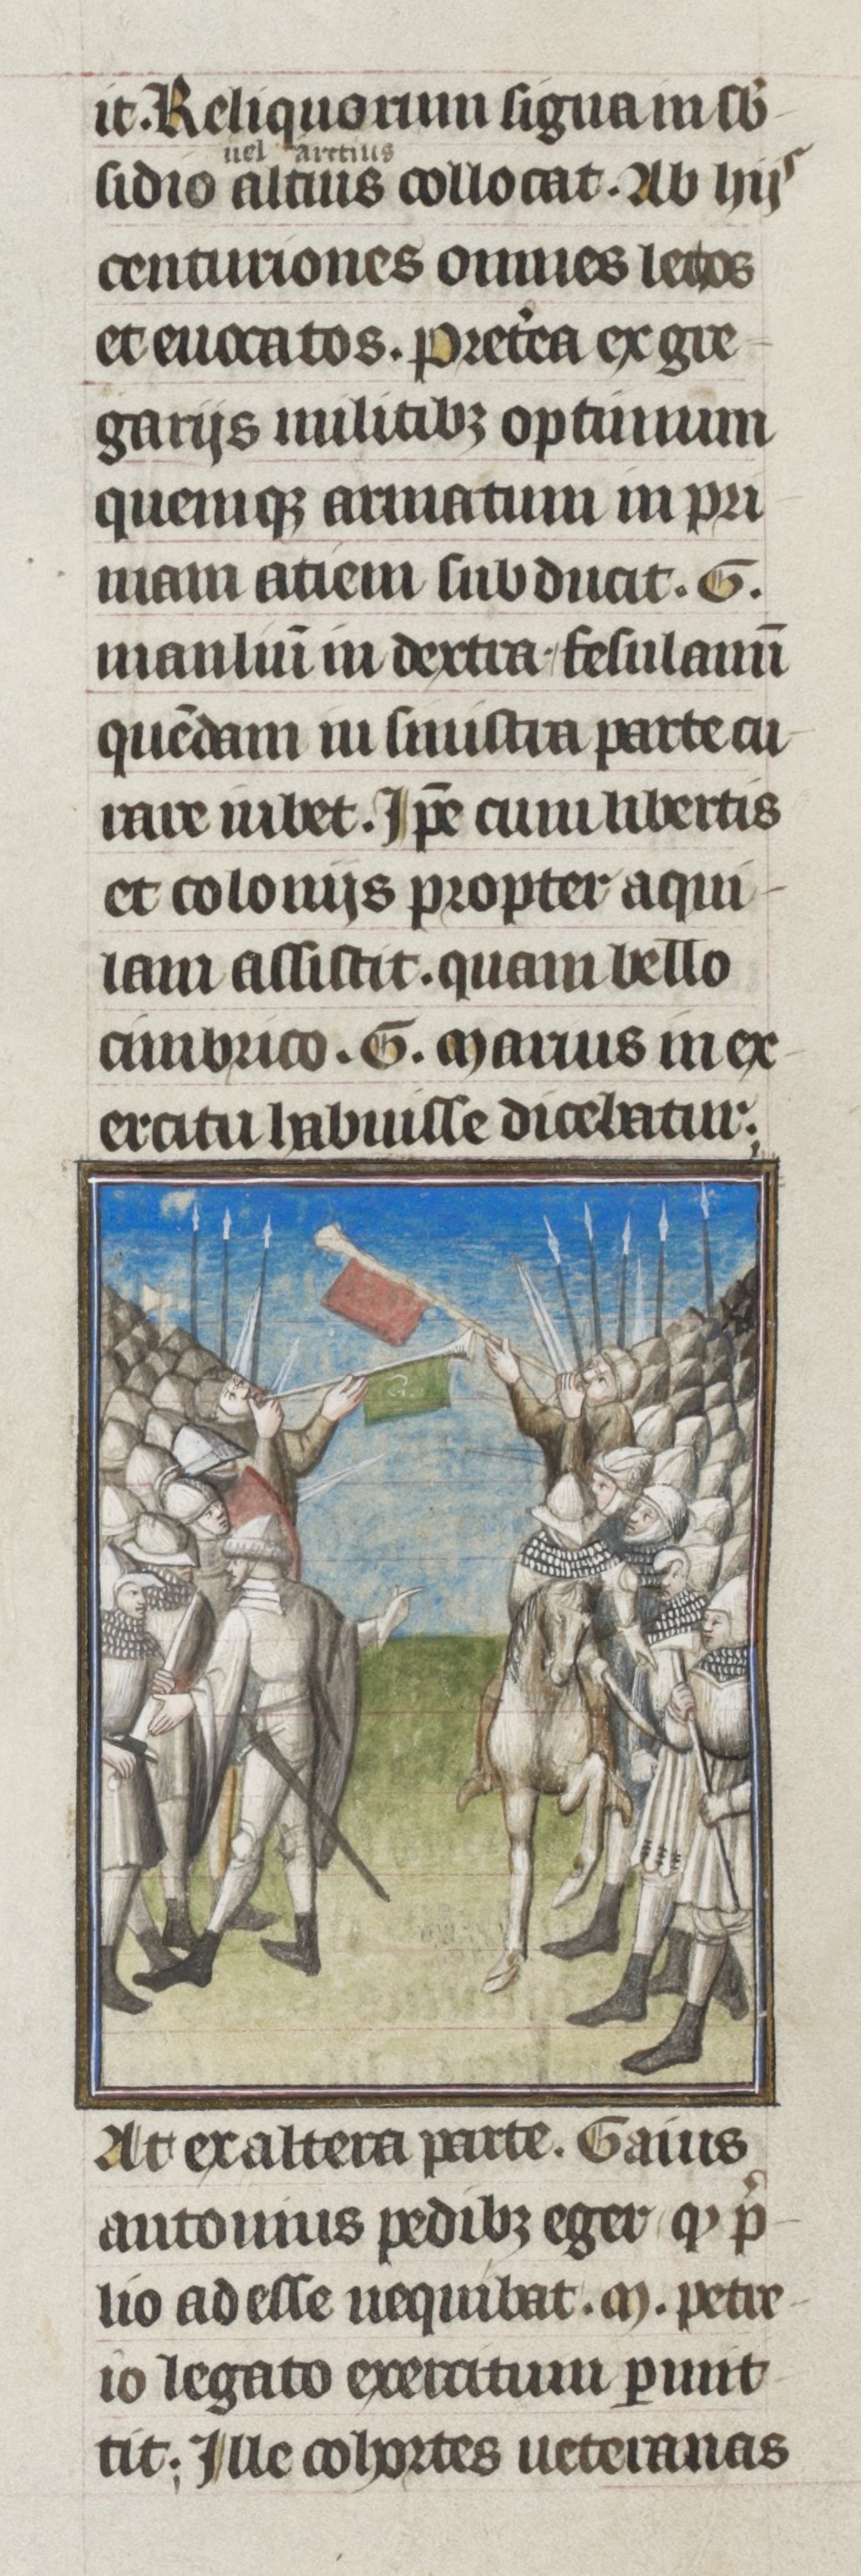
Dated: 1405–1435